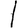
Digit: 1